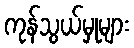
ကုန်သွယ်မှုများ